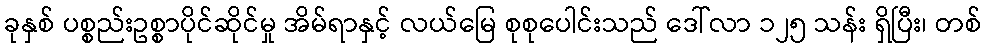
ခုနှစ် ပစ္စည်းဥစ္စာပိုင်ဆိုင်မှု အိမ်ရာနှင့် လယ်မြေ စုစုပေါင်းသည် ဒေါ်လာ ၁၂၅ သန်း ရှိပြီး၊ တစ်